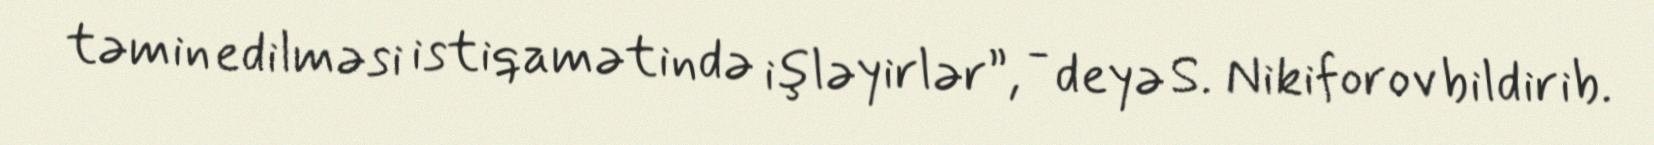
təmin edilməsi istiqamətində işləyirlər”, - deyə S. Nikiforov bildirib.